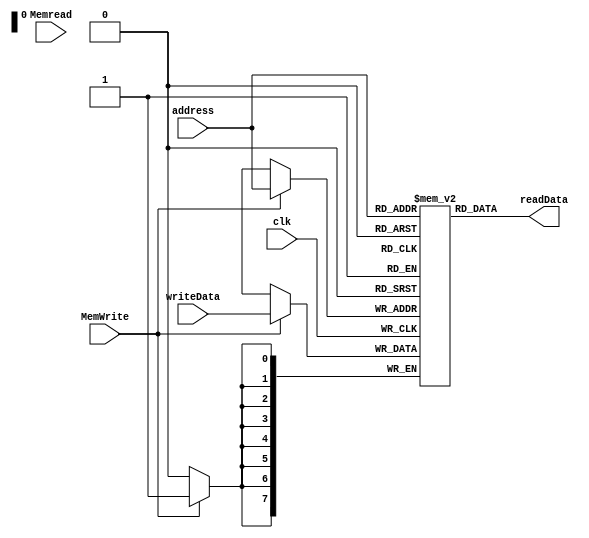
`timescale 1ns/1ns
 /// Data Memory
module Data_mem (MemWrite,Memread,address,writeData,clk,readData);
  reg[7:0] memory [0:255];
  input MemWrite,Memread,clk;
  input [7:0] address,writeData;
  output [7:0] readData;
  
  always@(posedge clk) 
    begin
      if(MemWrite==1)
        memory[address]<=writeData;
    end
  assign readData = memory[address];
endmodule